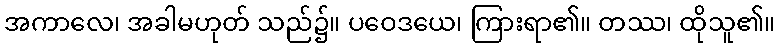
အကာလေ၊ အခါမဟုတ် သည်၌။ ပဝေဒယေ၊ ကြားရာ၏။ တဿ၊ ထိုသူ၏။